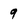
Character: 9